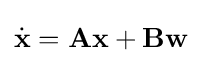
{\dot {\mathbf {x} }}=\mathbf {Ax} +\mathbf {Bw}